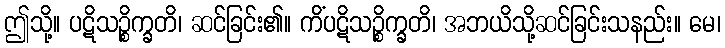
ဤသို့။ ပဋိသဉ္စိက္ခတိ၊ ဆင်ခြင်း၏။ ကိံပဋိသဉ္စိက္ခတိ၊ အဘယိသို့ဆင်ခြင်းသနည်း။ မေ၊